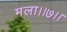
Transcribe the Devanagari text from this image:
मला।।७।।